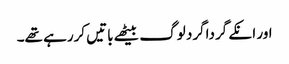
اور انکے گرداگرد لوگ بیٹھے باتیں کررہے تھے۔